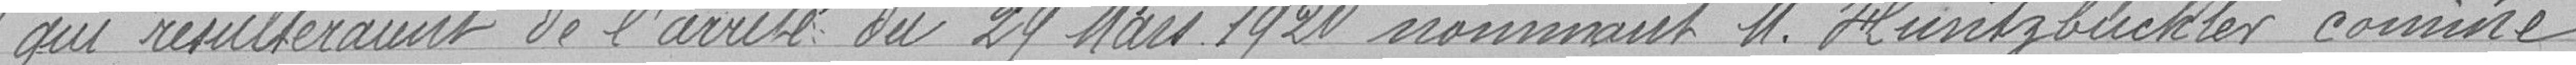
qui résulteraient de l'arrêté du 24 Mars 1920 nommant Monsieur Huntzbuchler comme